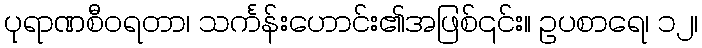
ပုရာဏစီဝရတာ၊ သင်္ကန်းဟောင်း၏အဖြစ်၎င်း။ ဥပစာရေ၊ ၁၂၊